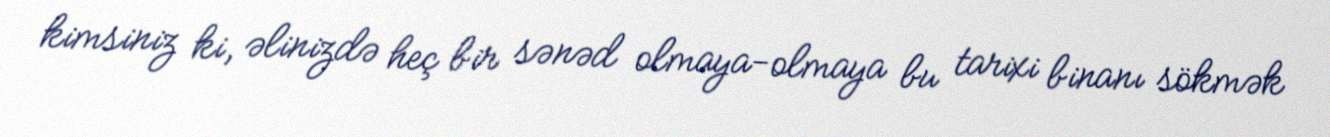
kimsiniz ki, əlinizdə heç bir sənəd olmaya-olmaya bu tarixi binanı sökmək